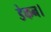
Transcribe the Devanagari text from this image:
डेकन।